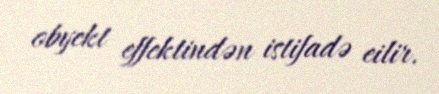
obyekt effektindən istifadə eilir.